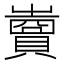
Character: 𧷷